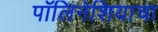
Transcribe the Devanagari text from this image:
पॉलिनेशियाचा